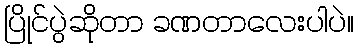
ပြိုင်ပွဲဆိုတာ ခဏတာလေးပါပဲ။